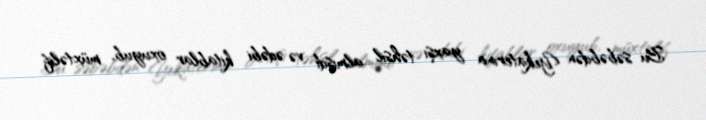
Bu səbəbdən Yekaterina yaxşı təhsil almışdı və ədəbi kitablar oxuyub, müxtəlif